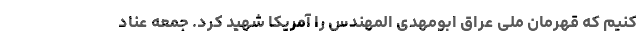
کنیم که قهرمان ملی عراق ابومهدی المهندس را آمریکا شهید کرد. جمعه عناد